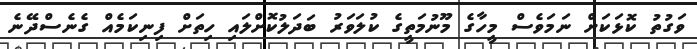
ވަގުތު ކޮޅަކަށް ނަމަވެސް މީހާގެ މޫނުމަތީގެ ކުލަވަރު ބަދަލުކޮށްލައި ހިތަށް ފިނިކަމެއް ގެނެސްދޭނެ